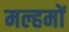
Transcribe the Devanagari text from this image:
मल्हमों